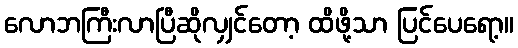
လောဘကြီးလာပြီဆိုလျှင်တော့ ထိဖို့သာ ပြင်ပေရော့။